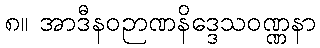
၈။ အာဒီနဝဉာဏနိဒ္ဒေသဝဏ္ဏနာ